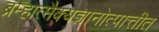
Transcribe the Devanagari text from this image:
ब्रम्हात्मैक्यज्ञानोत्पात्तीत